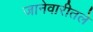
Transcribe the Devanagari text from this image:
जानेवारीतले